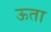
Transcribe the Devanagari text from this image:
ऊता